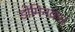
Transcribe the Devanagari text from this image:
डोमिनकन